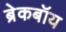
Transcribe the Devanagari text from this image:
ब्रेकबॉय